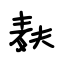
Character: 麸